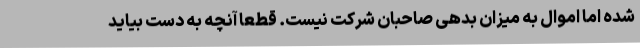
شده اما اموال به میزان بدهی صاحبان شرکت نیست. قطعا آنچه به دست بیاید